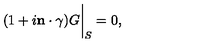
( 1 + i { \bf n } \cdot \mathrm { \boldmath { \gamma } } ) G \bigg | _ { S } = 0 ,